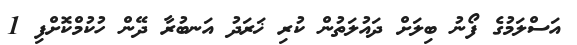
އަސްލަމުގެ ފޯނު ބިލަށް ދައުލަތުން ކުރި ޚަރަދު އަނބުރާ ދޭން ހުކުމްކޮށްފި 1